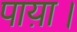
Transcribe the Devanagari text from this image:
पाय़ा।